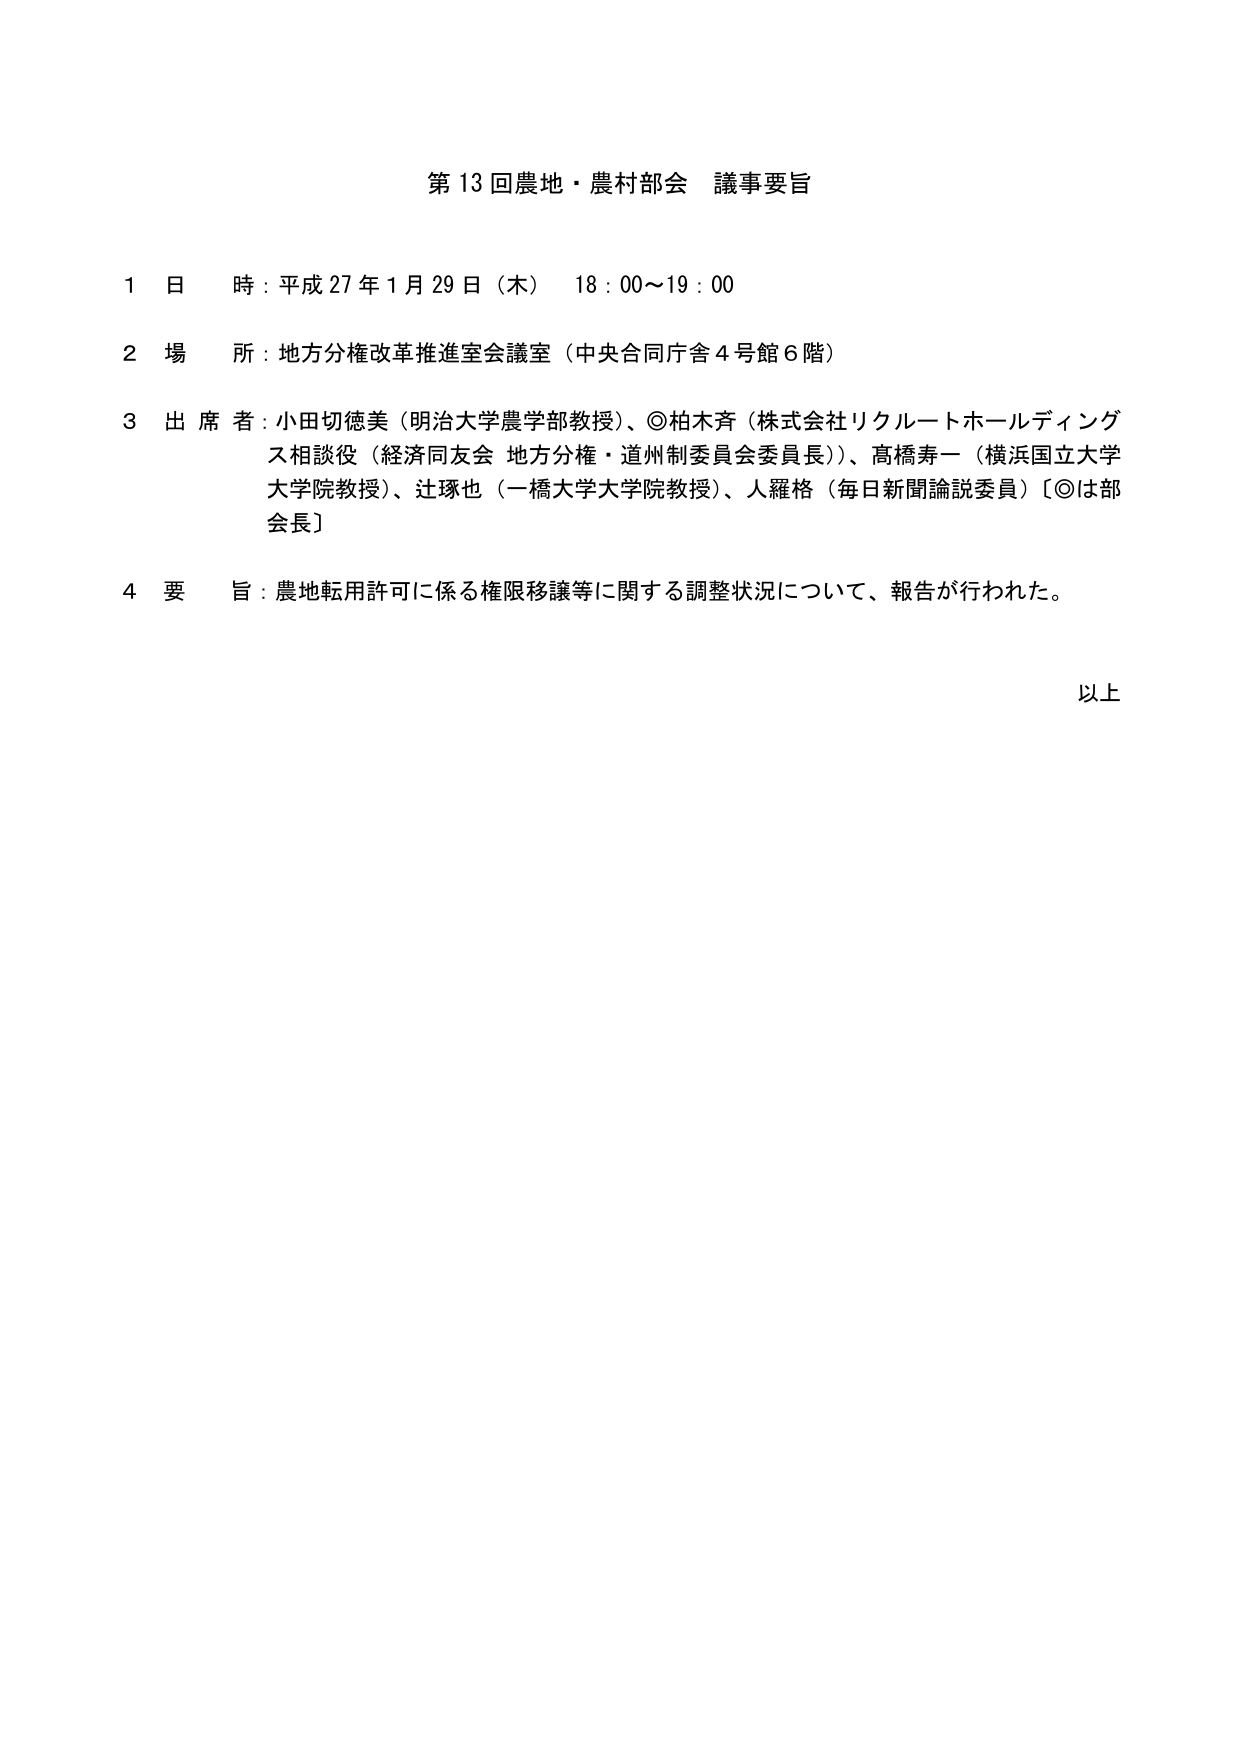
第13回農地・農村部会 議事要旨

1 日 時：平成27年1月29日（木） 18：00～19：00

2 場 所：地方分権改革推進室会議室（中央合同庁舎4号館6階）

3 出席者：小田切徳美（明治大学農学部教授）、◎柏木斉（株式会社リクルートホールディングス相談役（経済同友会 地方分権・道州制委員会委員長））、高橋寿一（横浜国立大学大学院教授）、辻琢也（一橋大学大学院教授）、人羅格（毎日新聞論説委員）［◎は部会長］

4 要 旨：農地転用許可に係る権限移譲等に関する調整状況について、報告が行われた。

以上